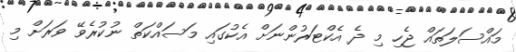
މައްސަލަތައް ޖެހި މި ދެ އެކްޓަރުންނަށް އެކުގައި މަސައްކަތް ނުކުރެވޭ ވަރަށް މި